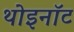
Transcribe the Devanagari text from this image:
थोइनॉट